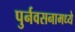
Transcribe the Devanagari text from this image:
पुर्नवसनामध्ये